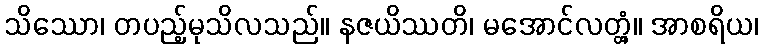
သိဿော၊ တပည့်မုသိလသည်။ နဇယိဿတိ၊ မအောင်လတ္တံ့။ အာစရိယ၊